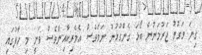
ގިނަ ވަގުތު ޖަރުމަނުން ބޯޅަ ގެންގުޅުނު ނަމަވެސް އެމެރިކާއިންވެސް ވަނީ މި ހާފުގައި